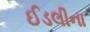
ઈડલીના